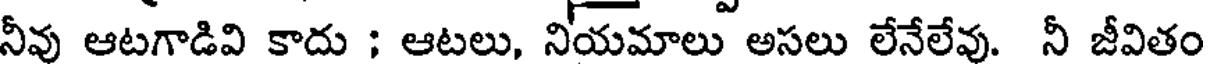
నీవు ఆటగాడివి కాదు ; ఆటలు, నియమాలు అసలు లేనేలేవు. నీ జీవితం